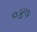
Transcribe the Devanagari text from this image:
०४७